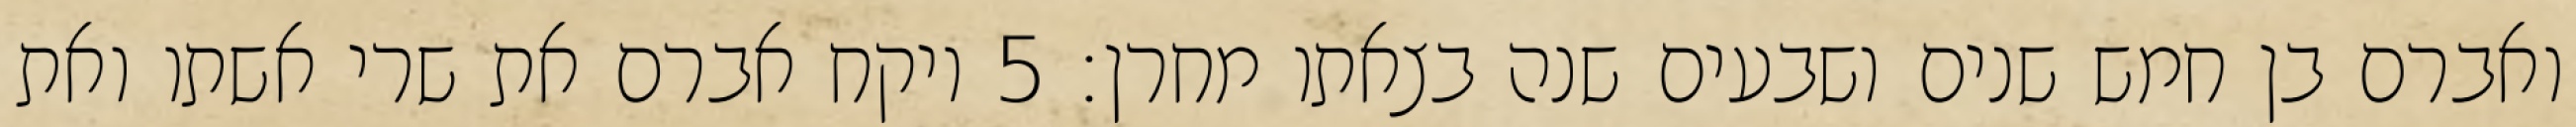
ואברם בן חמש שנים ושבעים שנה בצאתו מחרן׃ ‎5‏ ויקח אברם את שרי אשתו ואת